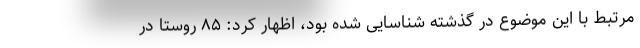
مرتبط با این موضوع در گذشته شناسایی شده بود، اظهار کرد: ۸۵ روستا در